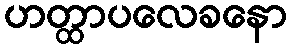
ဟတ္ထာပလေခနော